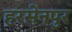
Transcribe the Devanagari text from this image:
हरसेनपुर